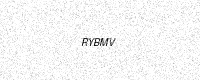
Text: RYBMV